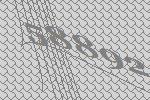
58892